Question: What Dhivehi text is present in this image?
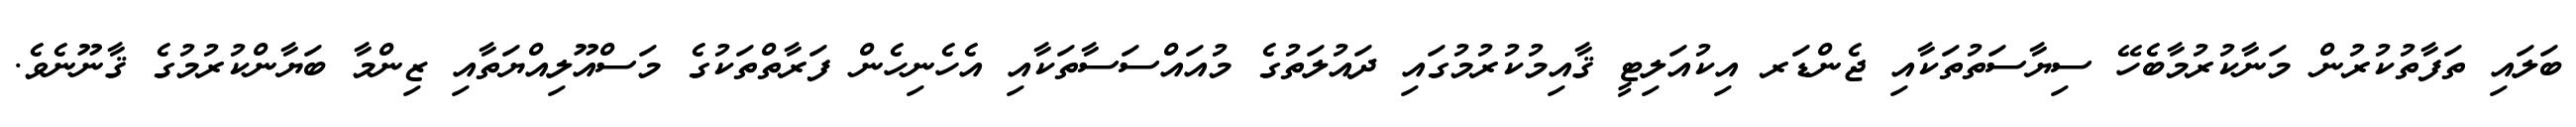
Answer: ބަލައި ތަފާތުކުރުން މަނާކުރުމާބެހޭ ސިޔާސަތުތަކާއި ޖެންޑަރ އިކުއަލިޓީ ޤާއިމުކުރުމުގައި ދައުލަތުގެ މުއައްސަސާތަކާއި އެހެނިހެން ފަރާތްތަކުގެ މަސްއޫލިއްޔަތާއި ޒިންމާ ބަޔާންކުރުމުގެ ޤާނޫނެވެ.